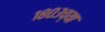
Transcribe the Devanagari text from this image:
१८०३च्या